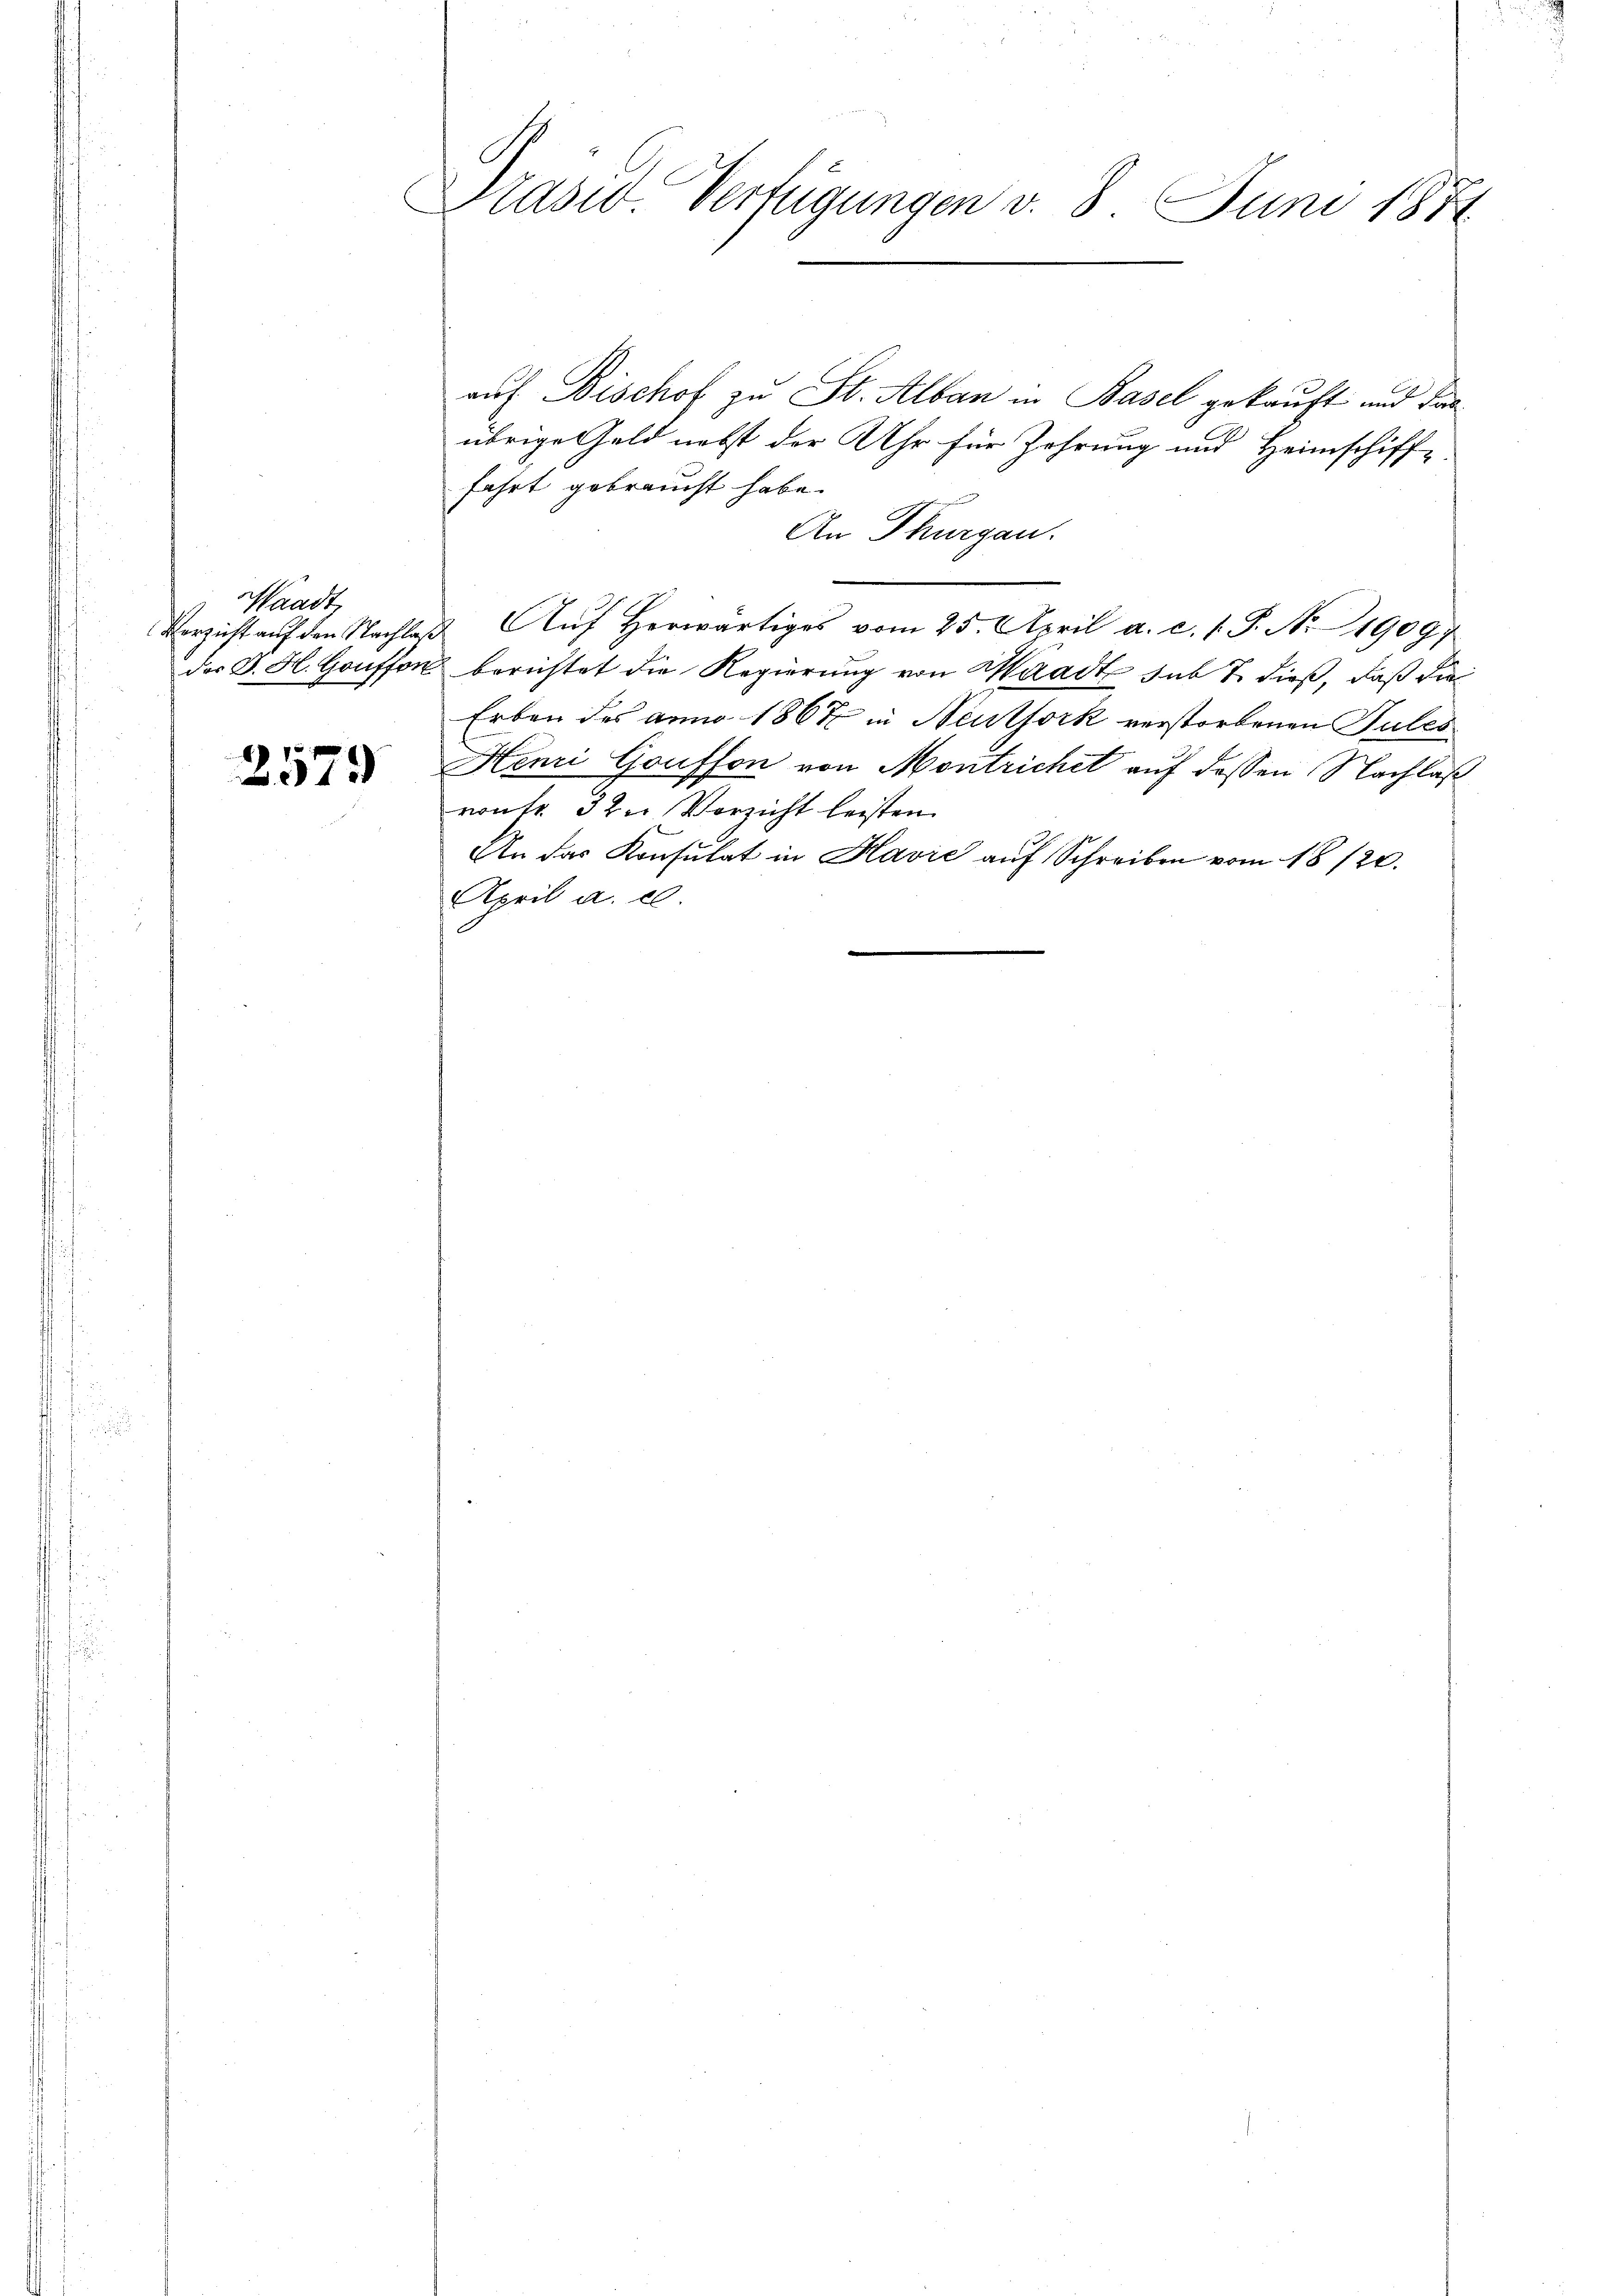
Waadt,

2579

Drasw. Verfügungen v. 8. Juni 1874

auf Bischof zu St. Alban in Basel gekauft und das
übrige Geld nebst der Uhr für Jahrung und Heimschiff-
fahrt gebraucht habe.
An Thurgau.
Verzicht aŭf den Nachlaβ Aŭf herwärtiges vom 25. April a. c. s. S. N. 1909
der J. H. Gouffer berichtet die Regierung von Waadt sub 7. dieß, daß die
Erben des anno 1867 in Neutfork verstorbenen Tules
Henri Gauffon von Montrichet auf dessen Nachlaß
vontr. 32. Vorsicht leisten.
An das Konsulat in Havre auf Schreiben vom 18/20.
April a. c.